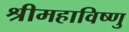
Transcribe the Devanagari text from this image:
श्रीमहाविष्णु